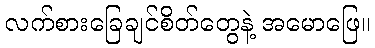
လက်စားခြေချင်စိတ်တွေနဲ့ အမောဖြေ။